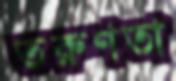
তরুণতা